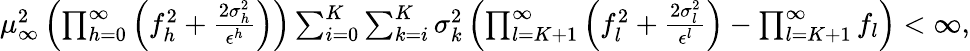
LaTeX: \begin{array}{r}{\mu_{\infty}^{2}\left(\prod_{h=0}^{\infty}\left(f_{h}^{2}+\frac{2\sigma_{h}^{2}}{\epsilon^{h}}\right)\right)\sum_{i=0}^{K}\sum_{k=i}^{K}\sigma_{k}^{2}\left(\prod_{l=K+1}^{\infty}\left(f_{l}^{2}+\frac{2\sigma_{l}^{2}}{\epsilon^{l}}\right)-\prod_{l=K+1}^{\infty}f_{l}\right)<\infty,}\end{array}